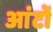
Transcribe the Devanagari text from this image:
आंटों